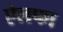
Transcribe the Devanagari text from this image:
ऐलफा